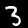
Digit: 3